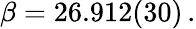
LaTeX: \beta=26.912(30)\, .